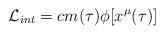
LaTeX: \begin{align*}{\cal L}_{int}=c m(\tau)\phi[x^{\mu}(\tau)]\end{align*}